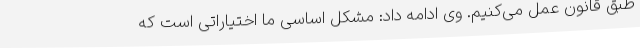
طبق قانون عمل می‌کنیم. وی ادامه داد: مشکل اساسی ما اختیاراتی است که